Civil Veterinary Dept. North-West Frontier Province 1933-46 - 1933-1946
Year: 1933
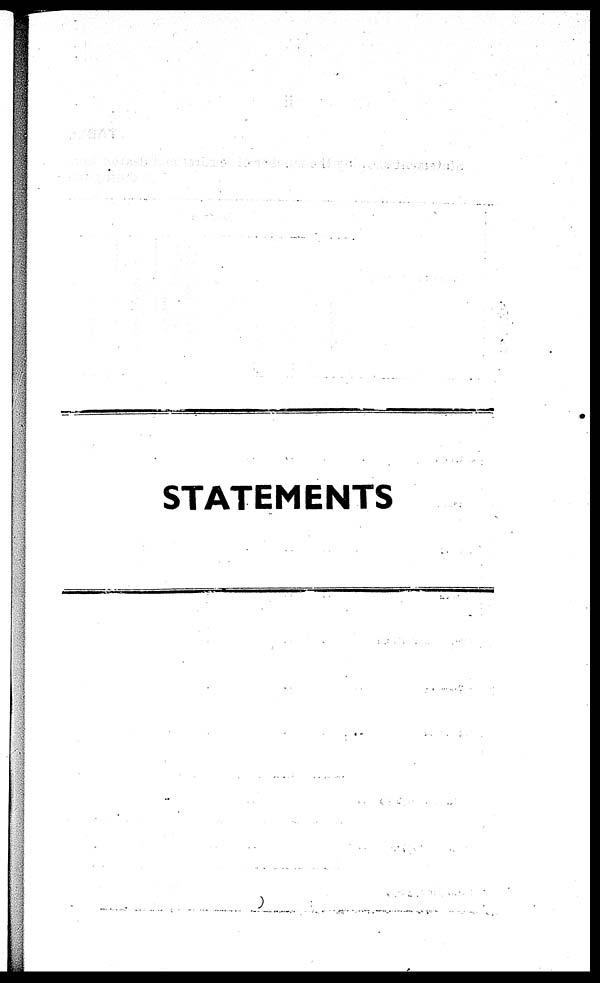
STATEMENTS